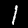
Label: 1